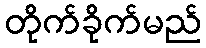
တိုက်ခိုက်မည်